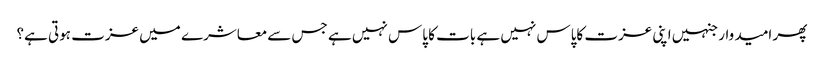
پھر امید وار جنہیں اپنی عزت کاپاس نہیں ہے بات کا پاس نہیں ہے جس سےمعاشرے میں عزت ہوتی ہے؟